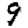
Digit: 9